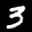
Label: 3